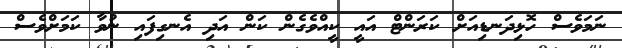
ނަމަވެސް ހޮޅިދަނޑިއަށް ކަރަންޓް އައީ ކީއްވެގެން ކަން އަދި އެނގިފައި ނުވާ ކަމަށްވެސް